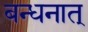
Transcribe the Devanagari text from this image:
बन्धनात्